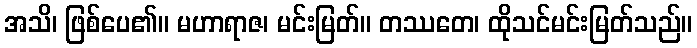
အသိ၊ ဖြစ်ပေ၏။ မဟာရာဇ၊ မင်းမြတ်။ တဿတေ၊ ထိုသင်မင်းမြတ်သည်။